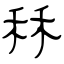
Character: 秝